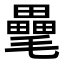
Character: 𣰭